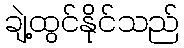
ချဲ့ထွင်နိုင်သည်